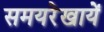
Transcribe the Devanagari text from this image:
समयरेखायें